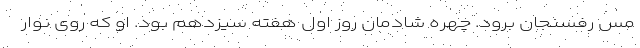
مس رفسنجان برود. چهره شادمان روز اول هفته سیزدهم بود. او که روی نوار